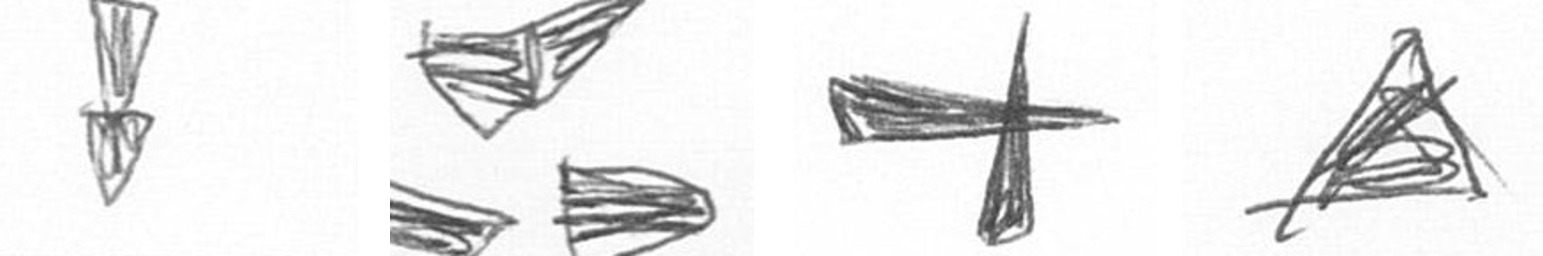
Z B G O